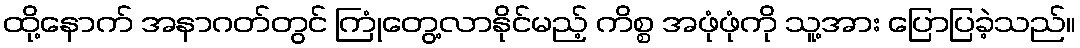
ထို့နောက် အနာဂတ်တွင် ကြုံတွေ့လာနိုင်မည့် ကိစ္စ အဖုံဖုံကို သူ့အား ပြောပြခဲ့သည်။